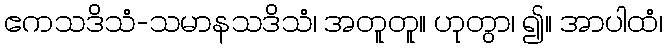
ဧကသဒိသံ-သမာနသဒိသံ၊ အတူတူ။ ဟုတွာ၊ ၍။ အာပါထံ၊